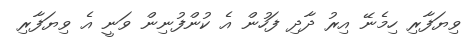
ވިޔަފާރި ހިމެނޭ އިރު ދާދި ފަހުން އެ ކުންފުނިން ވަނީ އެ ވިޔަފާރި